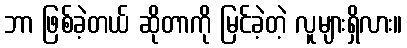
ဘာ ဖြစ်ခဲ့တယ် ဆိုတာကို မြင်ခဲ့တဲ့ လူများရှိလား။